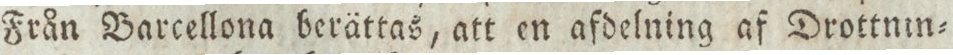
Från Barcellona berättas, att en afdelning af Drottnin=